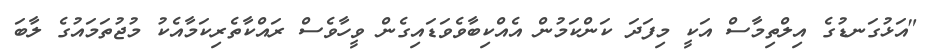
"އަޅުގަނޑުގެ އިލްތިމާސް އަކީ މިފަދަ ކަންކަމުން އެއްކިބާވެވަޑައިގެން ވީހާވެސް ރައްކާތެރިކަމާއެކު މުޖުތަމައުގެ ލާބަ